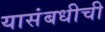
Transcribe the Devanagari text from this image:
यासंबधीची